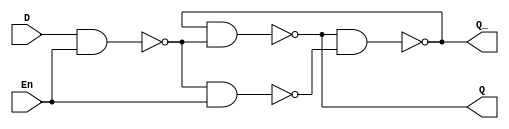
module D_latch(D, En, Q, Q_);
input D, En;
output Q, Q_;

wire R, S;

nand na0(S, D, En);
nand na1(R, S, En);
nand na2(Q, Q_, S);
nand na3(Q_, Q, R);

endmodule

module Top;
reg D, En;
wire Q, Q_;

D_latch temp(D, En, Q, Q_);

initial
    D = 1'b0;
always
    #5 D = ~D;

initial
begin
    En = 1'b0;
    #12 En = ~En;
    #15 En = ~En;
    #3 $finish;
end

initial
    $monitor($time, " D =  %d, En = %d, Q = %d, Qbar = %d", D, En, Q, Q_);

endmodule